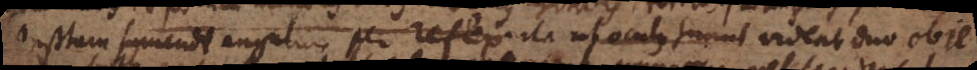
Instrumentum sumendi angulum per reflex. ita ut oculus simul videat duo obie